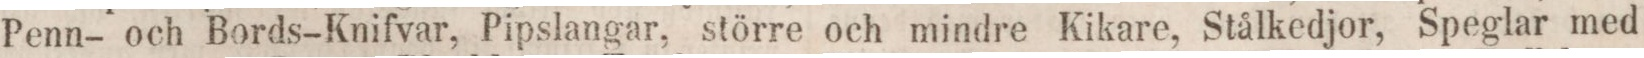
Penn- och Bords-Knifvar, Pipslangar, större och mindre Kikare, Stålkedjor, Speglar med